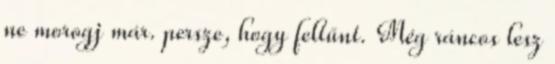
ne morogj már. persze, hogy feltűnt. Még ráncos lesz